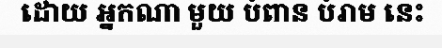
ដោយ អ្នកណា មួយ បំពាន បំរាម នេះ